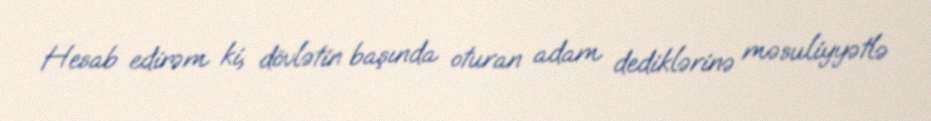
Hesab edirəm ki, dövlətin başında oturan adam dediklərinə məsuliyyətlə